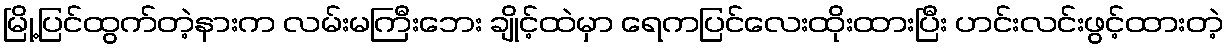
မြို့ပြင်ထွက်တဲ့နားက လမ်းမကြီးဘေး ချိုင့်ထဲမှာ ရေကပြင်လေးထိုးထားပြီး ဟင်းလင်းဖွင့်ထားတဲ့